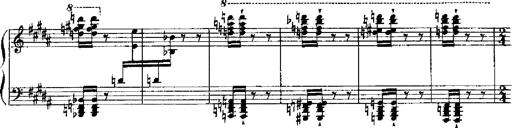
Title: RÃ©miniscences de Robert le diable
Composer: Franz Liszt